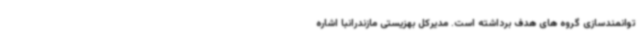
توانمندسازی گروه های هدف برداشته است. مدیرکل بهزیستی مازندرانبا اشاره